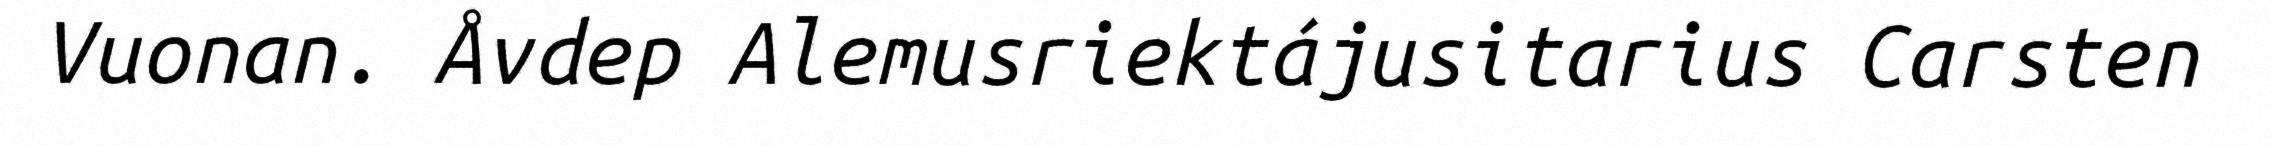
Vuonan. Åvdep Alemusriektájusitarius Carsten